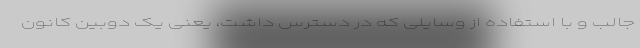
جالب و با استفاده از وسایلی که در دسترس داشت، یعنی یک دوبین کانون